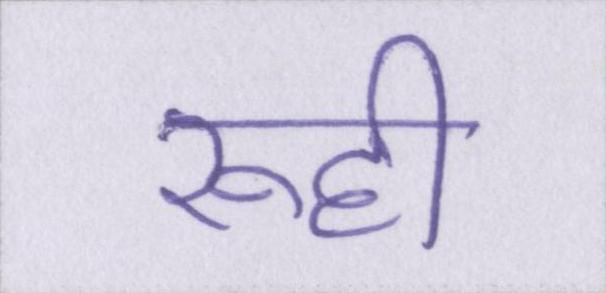
रूही